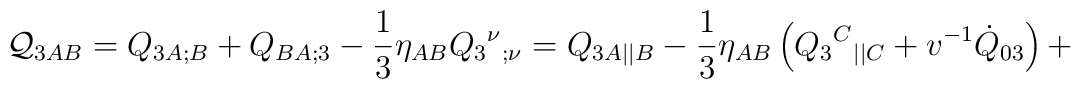
{\cal Q}_{3AB}=Q_{3A;B}+Q_{BA;3}-\frac13\eta_{AB}Q_3{^\nu}{_{;\nu}}={Q}_{3A||B}- \frac{1}{3}\eta_{AB}\left( Q_3{^C}{_{||C}}+v^{-1}\dot{Q}_{03} \right)+